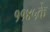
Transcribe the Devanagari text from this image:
११४५के